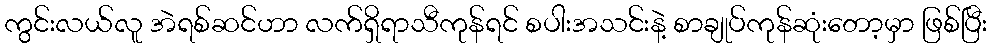
ကွင်းလယ်လူ အဲရစ်ဆင်ဟာ လက်ရှိရာသီကုန်ရင် စပါးအသင်းနဲ့ စာချုပ်ကုန်ဆုံးတော့မှာ ဖြစ်ပြီး